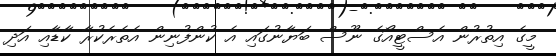
މީގެ އިތުރުން އެސްޓީއޯގެ ނޫސް ބަޔާނުގައި އެ ކުންފުނިން އެތެރެކުރާ ކާޑާއި އަދި